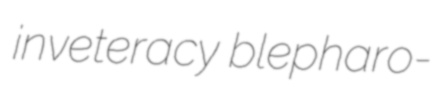
inveteracy blepharo-